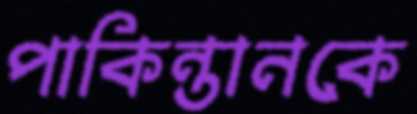
পাকিন্তানকে